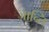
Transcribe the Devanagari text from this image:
जान्ति